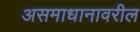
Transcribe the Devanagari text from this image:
असमाधानावरील